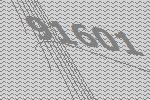
91601